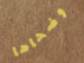
وضحاها